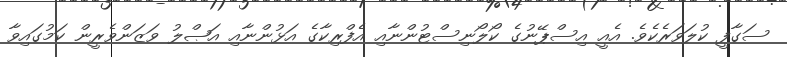
ސަގާފީ ކުލަވަރެކެވެ. އެއީ އިސްޕޭނުގެ ކޯލޯނިސްޓުންނާއި އެފްރިކާގެ އަޅުންނާއި އަޞްލު ވަޒަންވެރީން ކަމުގައިވާ